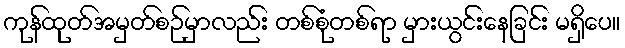
ကုန်ထုတ်အမှတ်စဉ်မှာလည်း တစ်စုံတစ်ရာ မှားယွင်းနေခြင်း မရှိပေ။